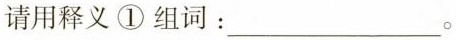
请用释义①组词：___。